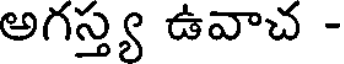
అగస్త్య ఉవాచ -